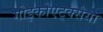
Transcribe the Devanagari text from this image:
गोइकोएट्क्सेया